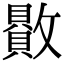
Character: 贁